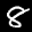
Label: 8